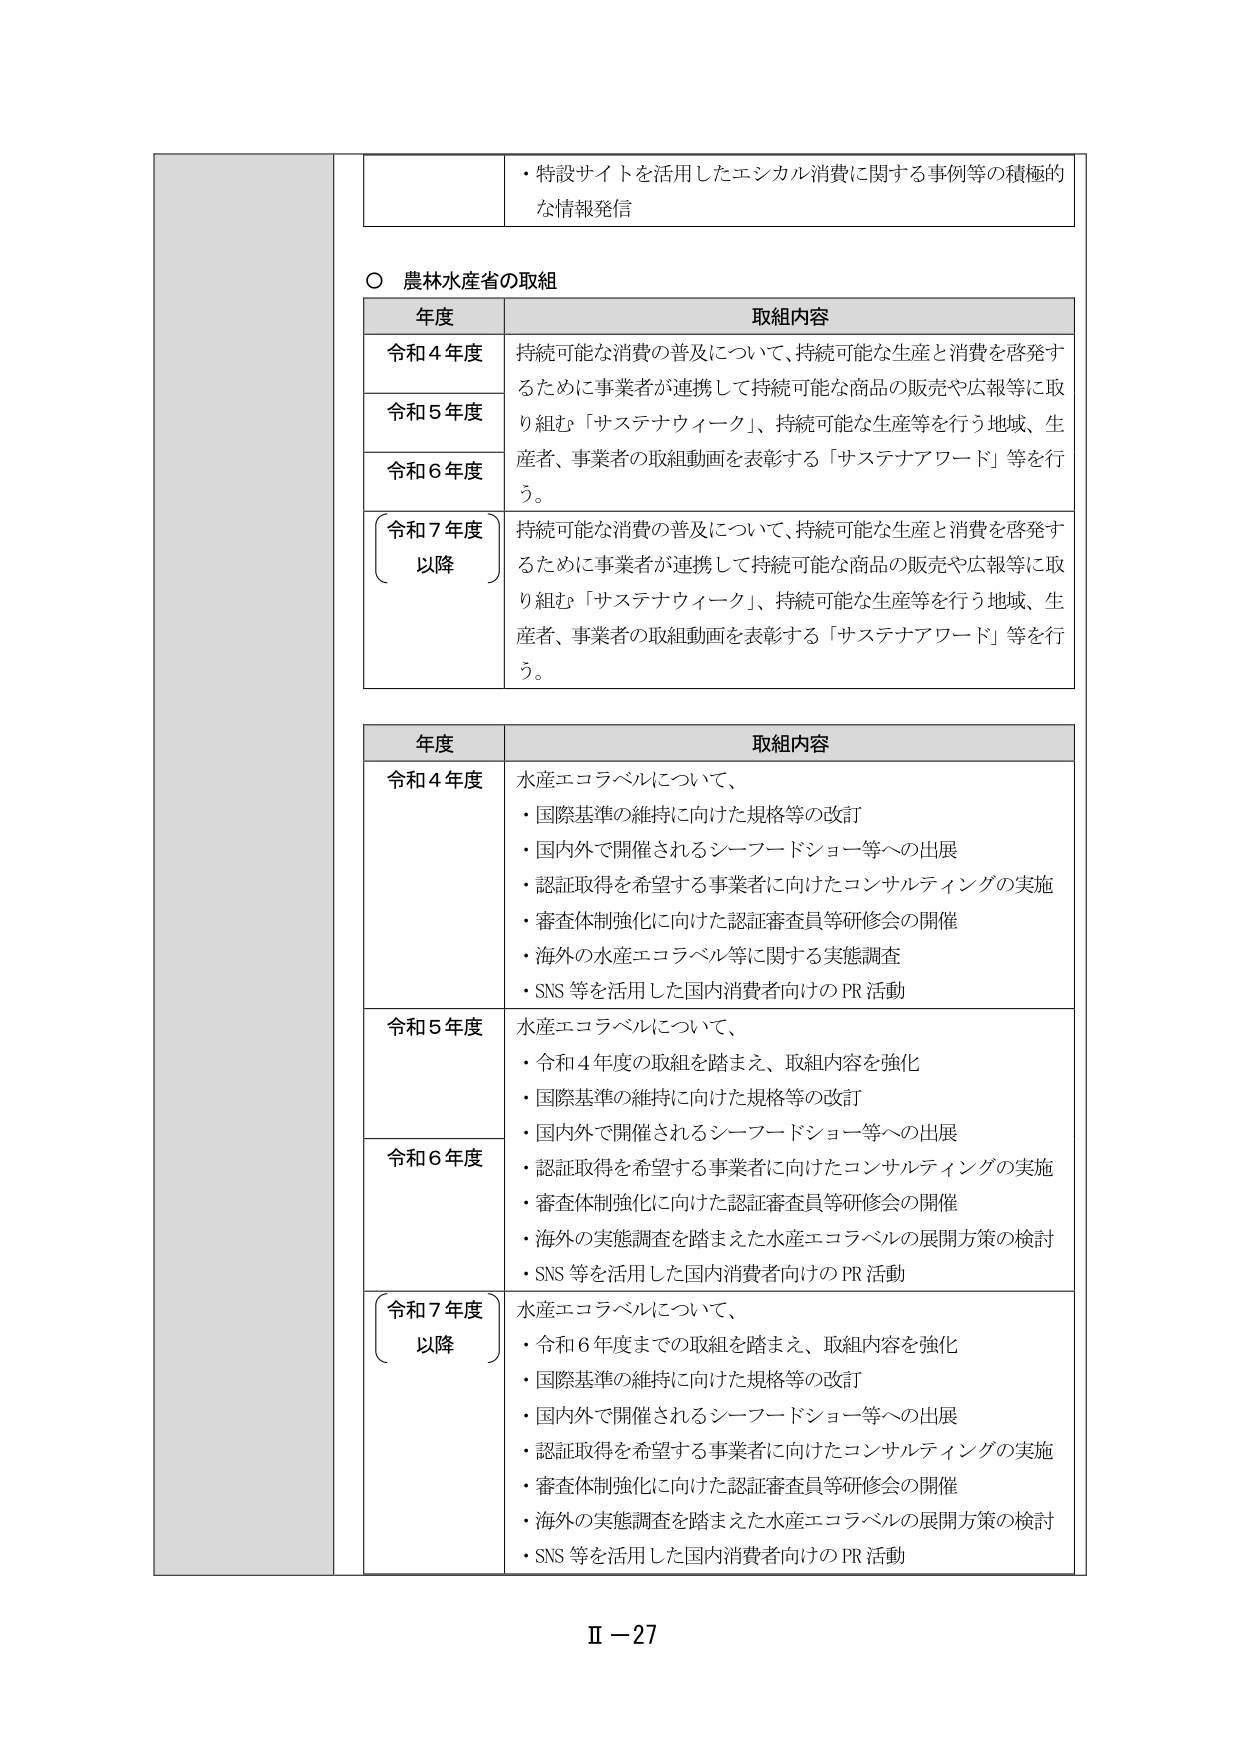
・特設サイトを活用したエシカル消費に関する事例等の積極的な情報発信

○ 農林水産省の取組

年度 取組内容
令和4年度 持続可能な消費の普及について、持続可能な生産と消費を啓発するために事業者が連携して持続可能な商品の販売や広報等に取り組む「サステナウィーク」、持続可能な生産等を行う地域、生産者、事業者の取組動画を表彰する「サステナアワード」等を行う。
令和5年度
令和6年度
令和7年度以降 持続可能な消費の普及について、持続可能な生産と消費を啓発するために事業者が連携して持続可能な商品の販売や広報等に取り組む「サステナウィーク」、持続可能な生産等を行う地域、生産者、事業者の取組動画を表彰する「サステナアワード」等を行う。

年度 取組内容
令和4年度 水産エコラベルについて、
・国際基準の維持に向けた規格等の改訂
・国内外で開催されるシーフードショー等への出展
・認証取得を希望する事業者に向けたコンサルティングの実施
・審査体制強化に向けた認証審査員等研修会の開催
・海外の水産エコラベル等に関する実態調査
・SNS等を活用した国内消費者向けのPR活動
令和5年度 水産エコラベルについて、
・令和4年度の取組を踏まえ、取組内容を強化
・国際基準の維持に向けた規格等の改訂
・国内外で開催されるシーフードショー等への出展
令和6年度
・認証取得を希望する事業者に向けたコンサルティングの実施
・審査体制強化に向けた認証審査員等研修会の開催
・海外の実態調査を踏まえた水産エコラベルの展開方策の検討
・SNS等を活用した国内消費者向けのPR活動
令和7年度以降 水産エコラベルについて、
・令和6年度までの取組を踏まえ、取組内容を強化
・国際基準の維持に向けた規格等の改訂
・国内外で開催されるシーフードショー等への出展
・認証取得を希望する事業者に向けたコンサルティングの実施
・審査体制強化に向けた認証審査員等研修会の開催
・海外の実態調査を踏まえた水産エコラベルの展開方策の検討
・SNS等を活用した国内消費者向けのPR活動

Ⅱ－27